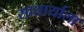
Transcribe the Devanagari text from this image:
सातार्याला